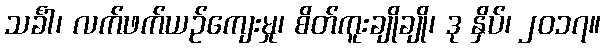
သင်္ခါ၊ လက်ဖက်ယဉ်ကျေးမှု၊ စိတ်ကူးချိုချို၊ ဒု နှိပ်၊ ၂၀၁၇။